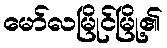
မော်လမြိုင်မြို့၏